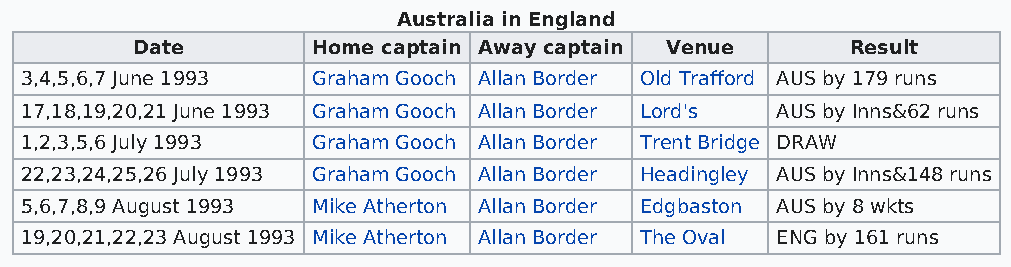
Australia in England
 Date        Home captain Away captain Venue    Result
 3,4,5,6,7 June 1993 Graham Gooch Allan Border Old Trafford AUS by 179 runs
 17,18,19,20,21 June 1993 Graham Gooch Allan Border Lord's AUS by Inns&62 runs
 1,2,3,5,6 July 1993 Graham Gooch Allan Border Trent Bridge DRAW
 22,23,24,25,26 July 1993 Graham Gooch Allan Border Headingley AUS by Inns&148 runs
 5,6,7,8,9 August 1993 Mike Atherton Allan Border Edgbaston AUS by 8 wkts
 19,20,21,22,23 August 1993 Mike Atherton Allan Border The Oval ENG by 161 runs